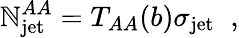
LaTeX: \mathbb{N}_{\mathrm{{jet}}}^{AA}=T_{AA}(b)\sigma_{\mathrm{{jet}}}\; \; ,